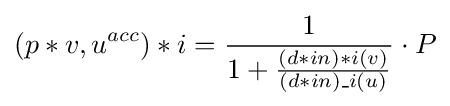
(p*{v,u}^{acc})*i={\frac {1}{1+{\frac {(d*{in})*i(v)}{(d*{in})\_i(u)}}}}\cdot P